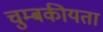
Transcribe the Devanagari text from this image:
चुम्बकीयता